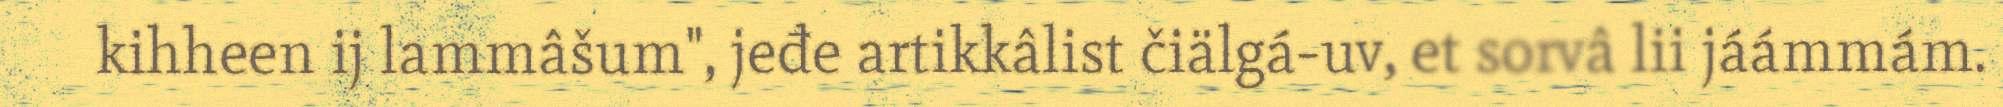
kihheen ij lammâšum", jeđe artikkâlist čiälgá-uv, et sorvâ lii jáámmám.